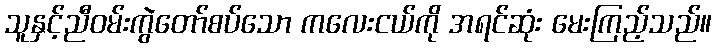
သူနှင့်ညီဝမ်းကွဲတော်စပ်သော ကလေးငယ်ကို အရင်ဆုံး မေးကြည့်သည်။